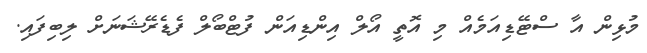
މުޅިން އާ ސްޓޭޑިއަމެއް މި އޮތީ އޯލް އިންޑިއަން ފުޓްބޯލް ފެޑެރޭޝަނަށް ލިބިފައި.